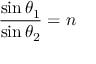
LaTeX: { \frac { \sin { \theta _ { 1 } } } { \sin { \theta _ { 2 } } } } = n